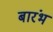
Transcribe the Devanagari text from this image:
बारंभ